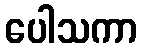
ပေါသကာ